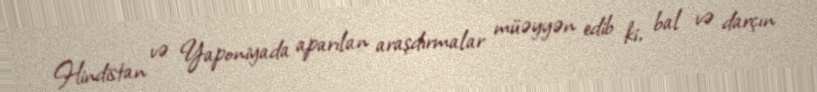
Hindistan və Yaponiyada aparılan araşdırmalar müəyyən edib ki, bal və darçın